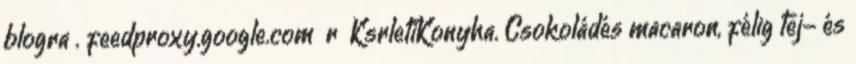
blogra . feedproxy.google.com r KsrletiKonyha. Csokoládés macaron, félig tej- és